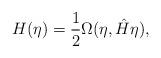
LaTeX: \begin{align*}H(\eta)=\frac{1}{2}\Omega(\eta,\hat{H}\eta),\end{align*}